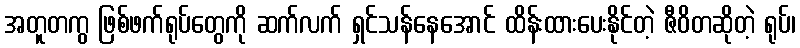
အတူတကွ ဖြစ်ဖက်ရုပ်တွေကို ဆက်လက် ရှင်သန်နေအောင် ထိန်းထားပေးနိုင်တဲ့ ဇီဝိတဆိုတဲ့ ရုပ်၊